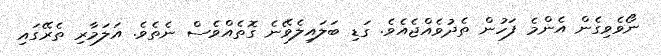
ނޯވެވިގެން އެންމެ ފަހުން ތެދުވެއްޖެއެވެ. ގަޑި ބަލައިލެވޭނެ ގޮތެއްވެސް ނެތެވެ. އަލަމާރި ތެރޭގައި